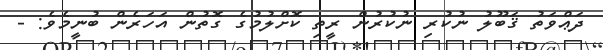
ދަޢްވަތު ޤަބޫލު ނުކުރި ނުކުރުން ރީތި ކޮށްލުމުގެ ގޮތުން އަހަރެން ބުނީމެވެ: -